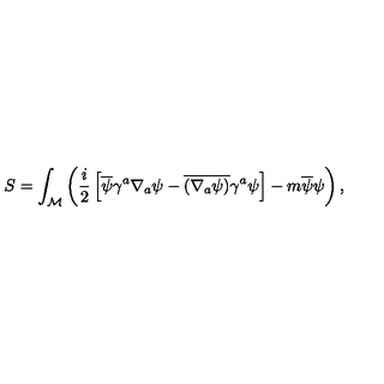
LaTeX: S = \int _ { \mathcal M } \left( { \frac { i } { 2 } } \left[ \overline { \psi } \gamma ^ { a } \nabla _ { a } \psi - \overline { { ( \nabla _ { a } \psi ) } } \gamma ^ { a } \psi \right] - m \overline { \psi } \psi \right) ,